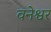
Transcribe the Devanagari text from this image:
वनेश्वर